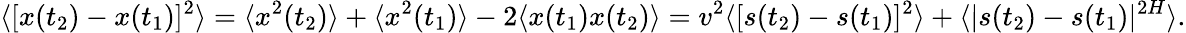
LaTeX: \langle[x(t_{2})-x(t_{1})]^{2}\rangle=\langle x^{2}(t_{2})\rangle+\langle x^{2}(t_{1})\rangle-2\langle x(t_{1})x(t_{2})\rangle=v^{2}\langle[s(t_{2})-s(t_{1})]^{2}\rangle+\langle|s(t_{2})-s(t_{1})|^{2H}\rangle.